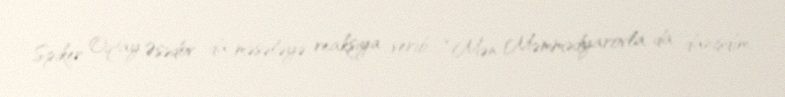
Spiker Oqtay Əsədov da məsələyə reaksiya verib: “Mən Məmmədyarovla da danışdım,